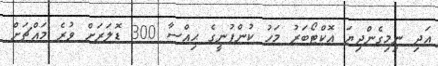
އަދި ނިމިގެންދިޔަ އޮކްޓޯބަރު މަހު ކުންފުނީގެ ޙިއްސާ 300 ޑޮލަރަށް ވުރެ މައްޗަށް